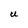
Character: U